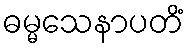
ဓမ္မသေနာပတိံ